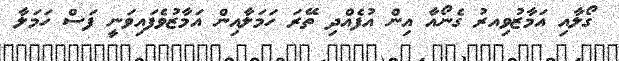
ގޯލާއި އަމާޒުވިއރު ގެނޯއާ އިން އުފެއްދި ތޭރަ ހަމަލާއިން އަމާޒުވެފައިވަނީ ފަސް ހަމަލާ